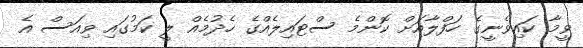
ވީމާ ކައިވެނީގެ ހަފްލާއަށް ކޮންމެ ސްޓައިލެއްގެ ހެދުމެއް ލީ ކަމުގައި ވިއަސް އެ